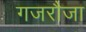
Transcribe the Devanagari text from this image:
गजरौजा